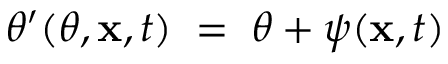
\theta ^ { \prime } ( \theta , { \bf x } , t ) \; = \; \theta + \psi ( { \bf x } , t )